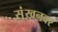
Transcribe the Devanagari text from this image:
सुंखनवर